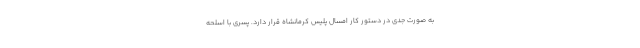
به صورت جدی در دستور کار امسال پلیس کرمانشاه قرار دارد. پسری با اسلحه